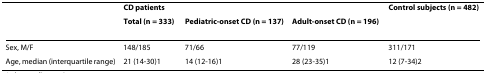
<table><thead><tr><td></td><td colspan="3"><b>CD patients</b></td><td><b>Control subjects (n = 482)</b></td></tr><tr><td></td><td><b>Total (n = 333)</b></td><td><b>Pediatric-onset CD (n = 137)</b></td><td><b>Adult-onset CD (n = 196)</b></td><td></td></tr></thead><tbody><tr><td>Sex, M/F</td><td>148/185</td><td>71/66</td><td>77/119</td><td>311/171</td></tr><tr><td>Age, median (interquartile range)</td><td>21 (14-30)1</td><td>14 (12-16)1</td><td>28 (23-35)1</td><td>12 (7-34)2</td></tr></tbody></table>